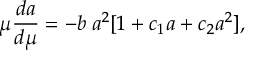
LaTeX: \mu \frac { d a } { d \mu } = - b \; a ^ { 2 } [ 1 + c _ { 1 } a + c _ { 2 } a ^ { 2 } ] ,